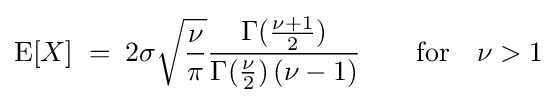
\operatorname {E} [X]\;=\;2\sigma {\sqrt {\frac {\nu }{\pi }}}{\frac {\Gamma ({\frac {\nu +1}{2}})}{\Gamma ({\frac {\nu }{2}})\,(\nu -1)}}\qquad {\mbox{for}}\quad \nu >1